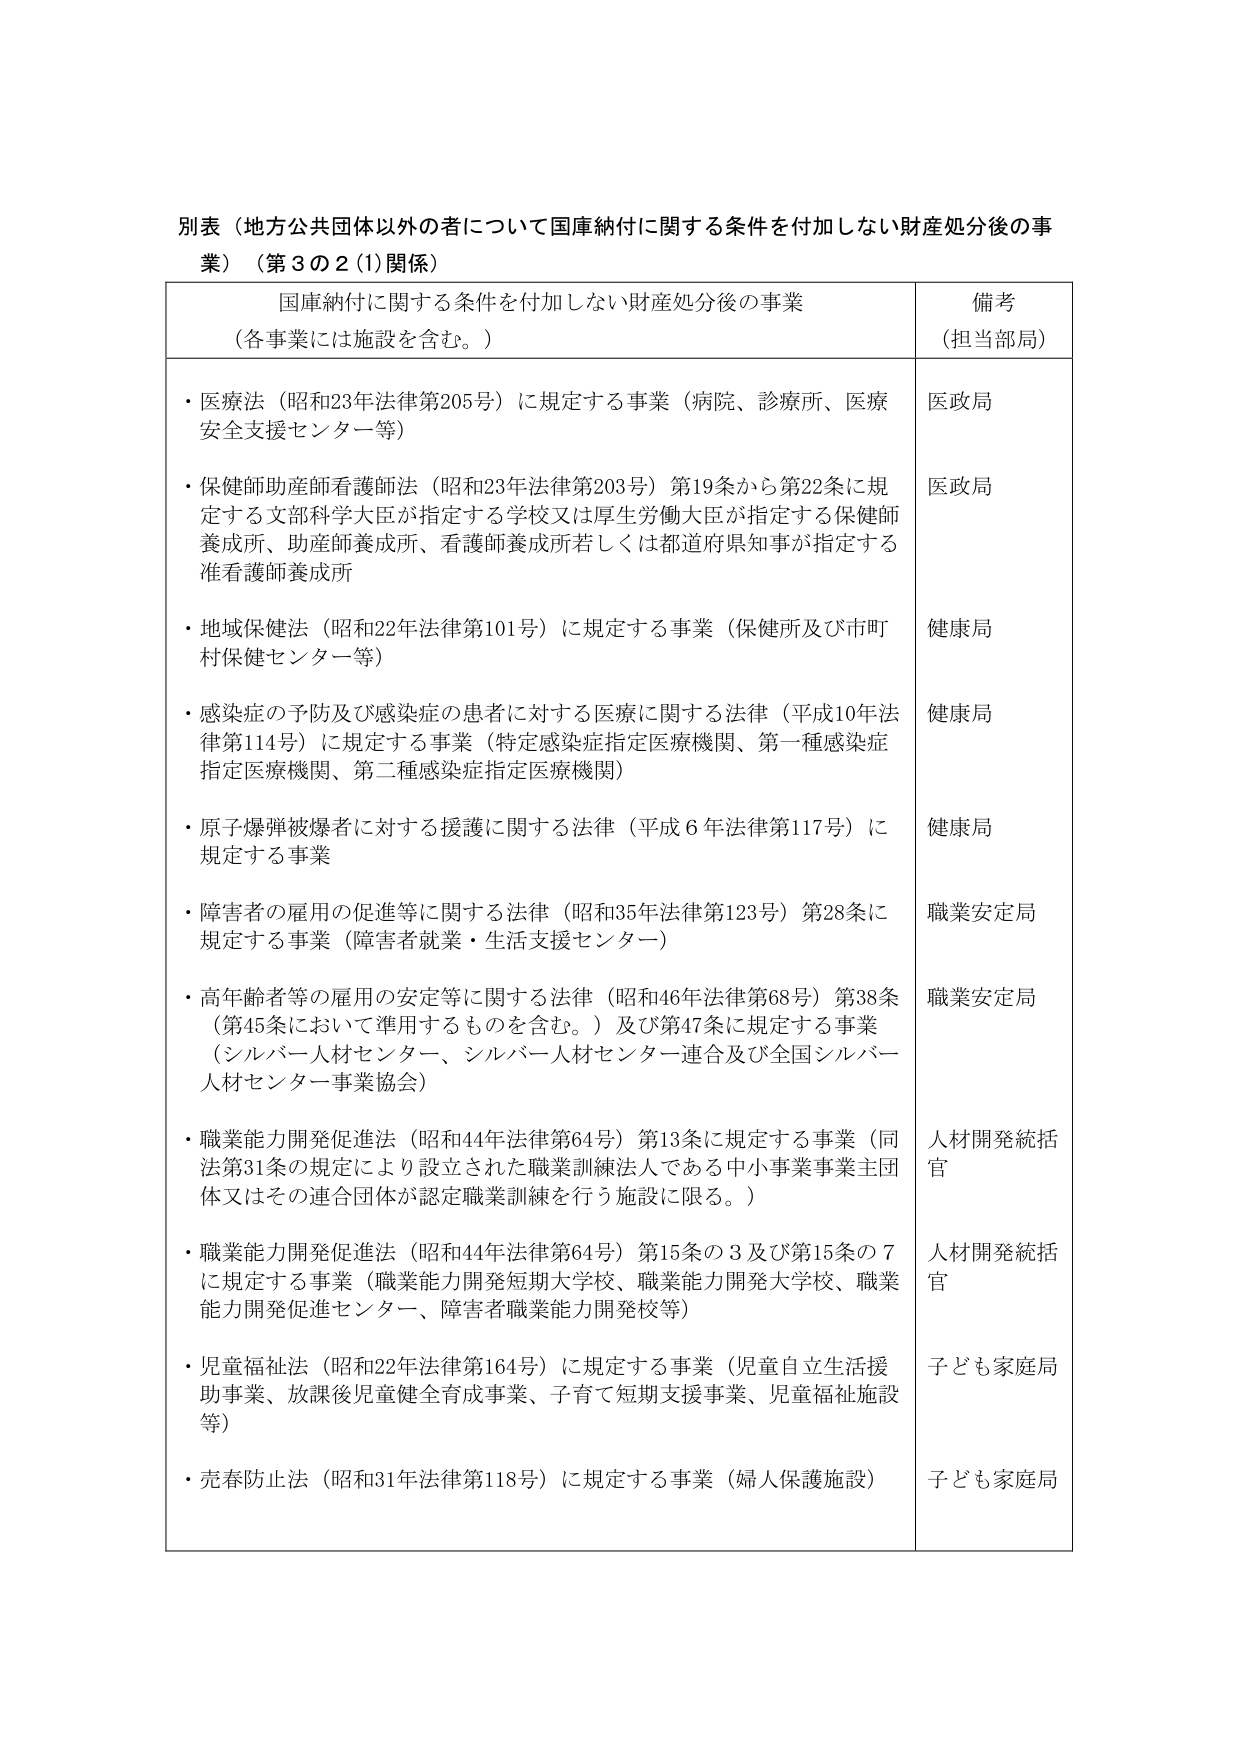
別表（地方公共団体以外の者について国庫納付に関する条件を付加しない財産処分後の事業）（第３の２(1)関係）

国庫納付に関する条件を付加しない財産処分後の事業
（各事業には施設を含む。）

・医療法（昭和23年法律第205号）に規定する事業（病院、診療所、医療安全支援センター等）
・保健師助産師看護師法（昭和23年法律第203号）第19条から第22条に規定する文部科学大臣が指定する学校又は厚生労働大臣が指定する保健師養成所、助産師養成所、看護師養成所若しくは都道府県知事が指定する准看護師養成所
・地域保健法（昭和22年法律第101号）に規定する事業（保健所及び市町村保健センター等）
・感染症の予防及び感染症の患者に対する医療に関する法律（平成10年法律第114号）に規定する事業（特定感染症指定医療機関、第一種感染症指定医療機関、第二種感染症指定医療機関）
・原子爆弾被爆者に対する援護に関する法律（平成６年法律第117号）に規定する事業
・障害者の雇用の促進等に関する法律（昭和35年法律第123号）第28条に規定する事業（障害者就業・生活支援センター）
・高年齢者等の雇用の安定等に関する法律（昭和46年法律第68号）第38条（第45条において準用するものを含む。）及び第47条に規定する事業（シルバー人材センター、シルバー人材センター連合及び全国シルバー人材センター事業協会）
・職業能力開発促進法（昭和44年法律第64号）第13条に規定する事業（同法第31条の規定により設立された職業訓練法人である中小事業事業主団体又はその連合団体が認定職業訓練を行う施設に限る。）
・職業能力開発促進法（昭和44年法律第64号）第15条の３及び第15条の７に規定する事業（職業能力開発短期大学校、職業能力開発大学校、職業能力開発促進センター、障害者職業能力開発校等）
・児童福祉法（昭和22年法律第164号）に規定する事業（児童自立生活援助事業、放課後児童健全育成事業、子育て短期支援事業、児童福祉施設等）
・売春防止法（昭和31年法律第118号）に規定する事業（婦人保護施設）

備考
（担当部局）

医政局
医政局
健康局
健康局
健康局
職業安定局
職業安定局
人材開発統括官
人材開発統括官
子ども家庭局
子ども家庭局